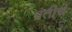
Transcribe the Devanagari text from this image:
प्रतीचं